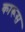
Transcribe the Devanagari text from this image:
कारूस